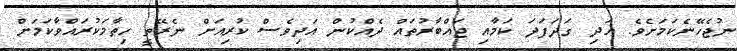
ނުޖެހޭނެކަމަށެވެ. އަދި ގަދަފަދަ ކަމާއި ޖައްބާރުތައް ދެއްކުން އަދިވެސް ކުރިއަށް ނެރޭތީ ހިތާމަކުރައްވާކަމަށް